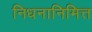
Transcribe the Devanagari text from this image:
निधनानिमित्त